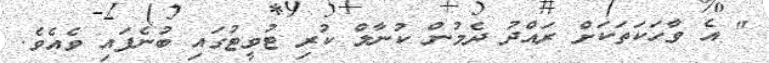
" އެ ވާހަކަތަކަށް ރައްދު ދެމުން ކުނާލް ކުރި ޓުވީޓުގައި ބުނެފައި ވެއެވެ.